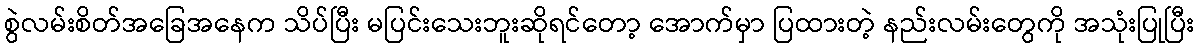
စွဲလမ်းစိတ်အခြေအနေက သိပ်ပြီး မပြင်းသေးဘူးဆိုရင်တော့ အောက်မှာ ပြထားတဲ့ နည်းလမ်းတွေကို အသုံးပြုပြီး